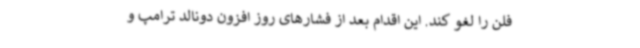
فلن را لغو کند. این اقدام بعد از فشارهای روز افزون دونالد ترامپ و